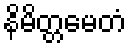
နိမိတ္တမေတံ